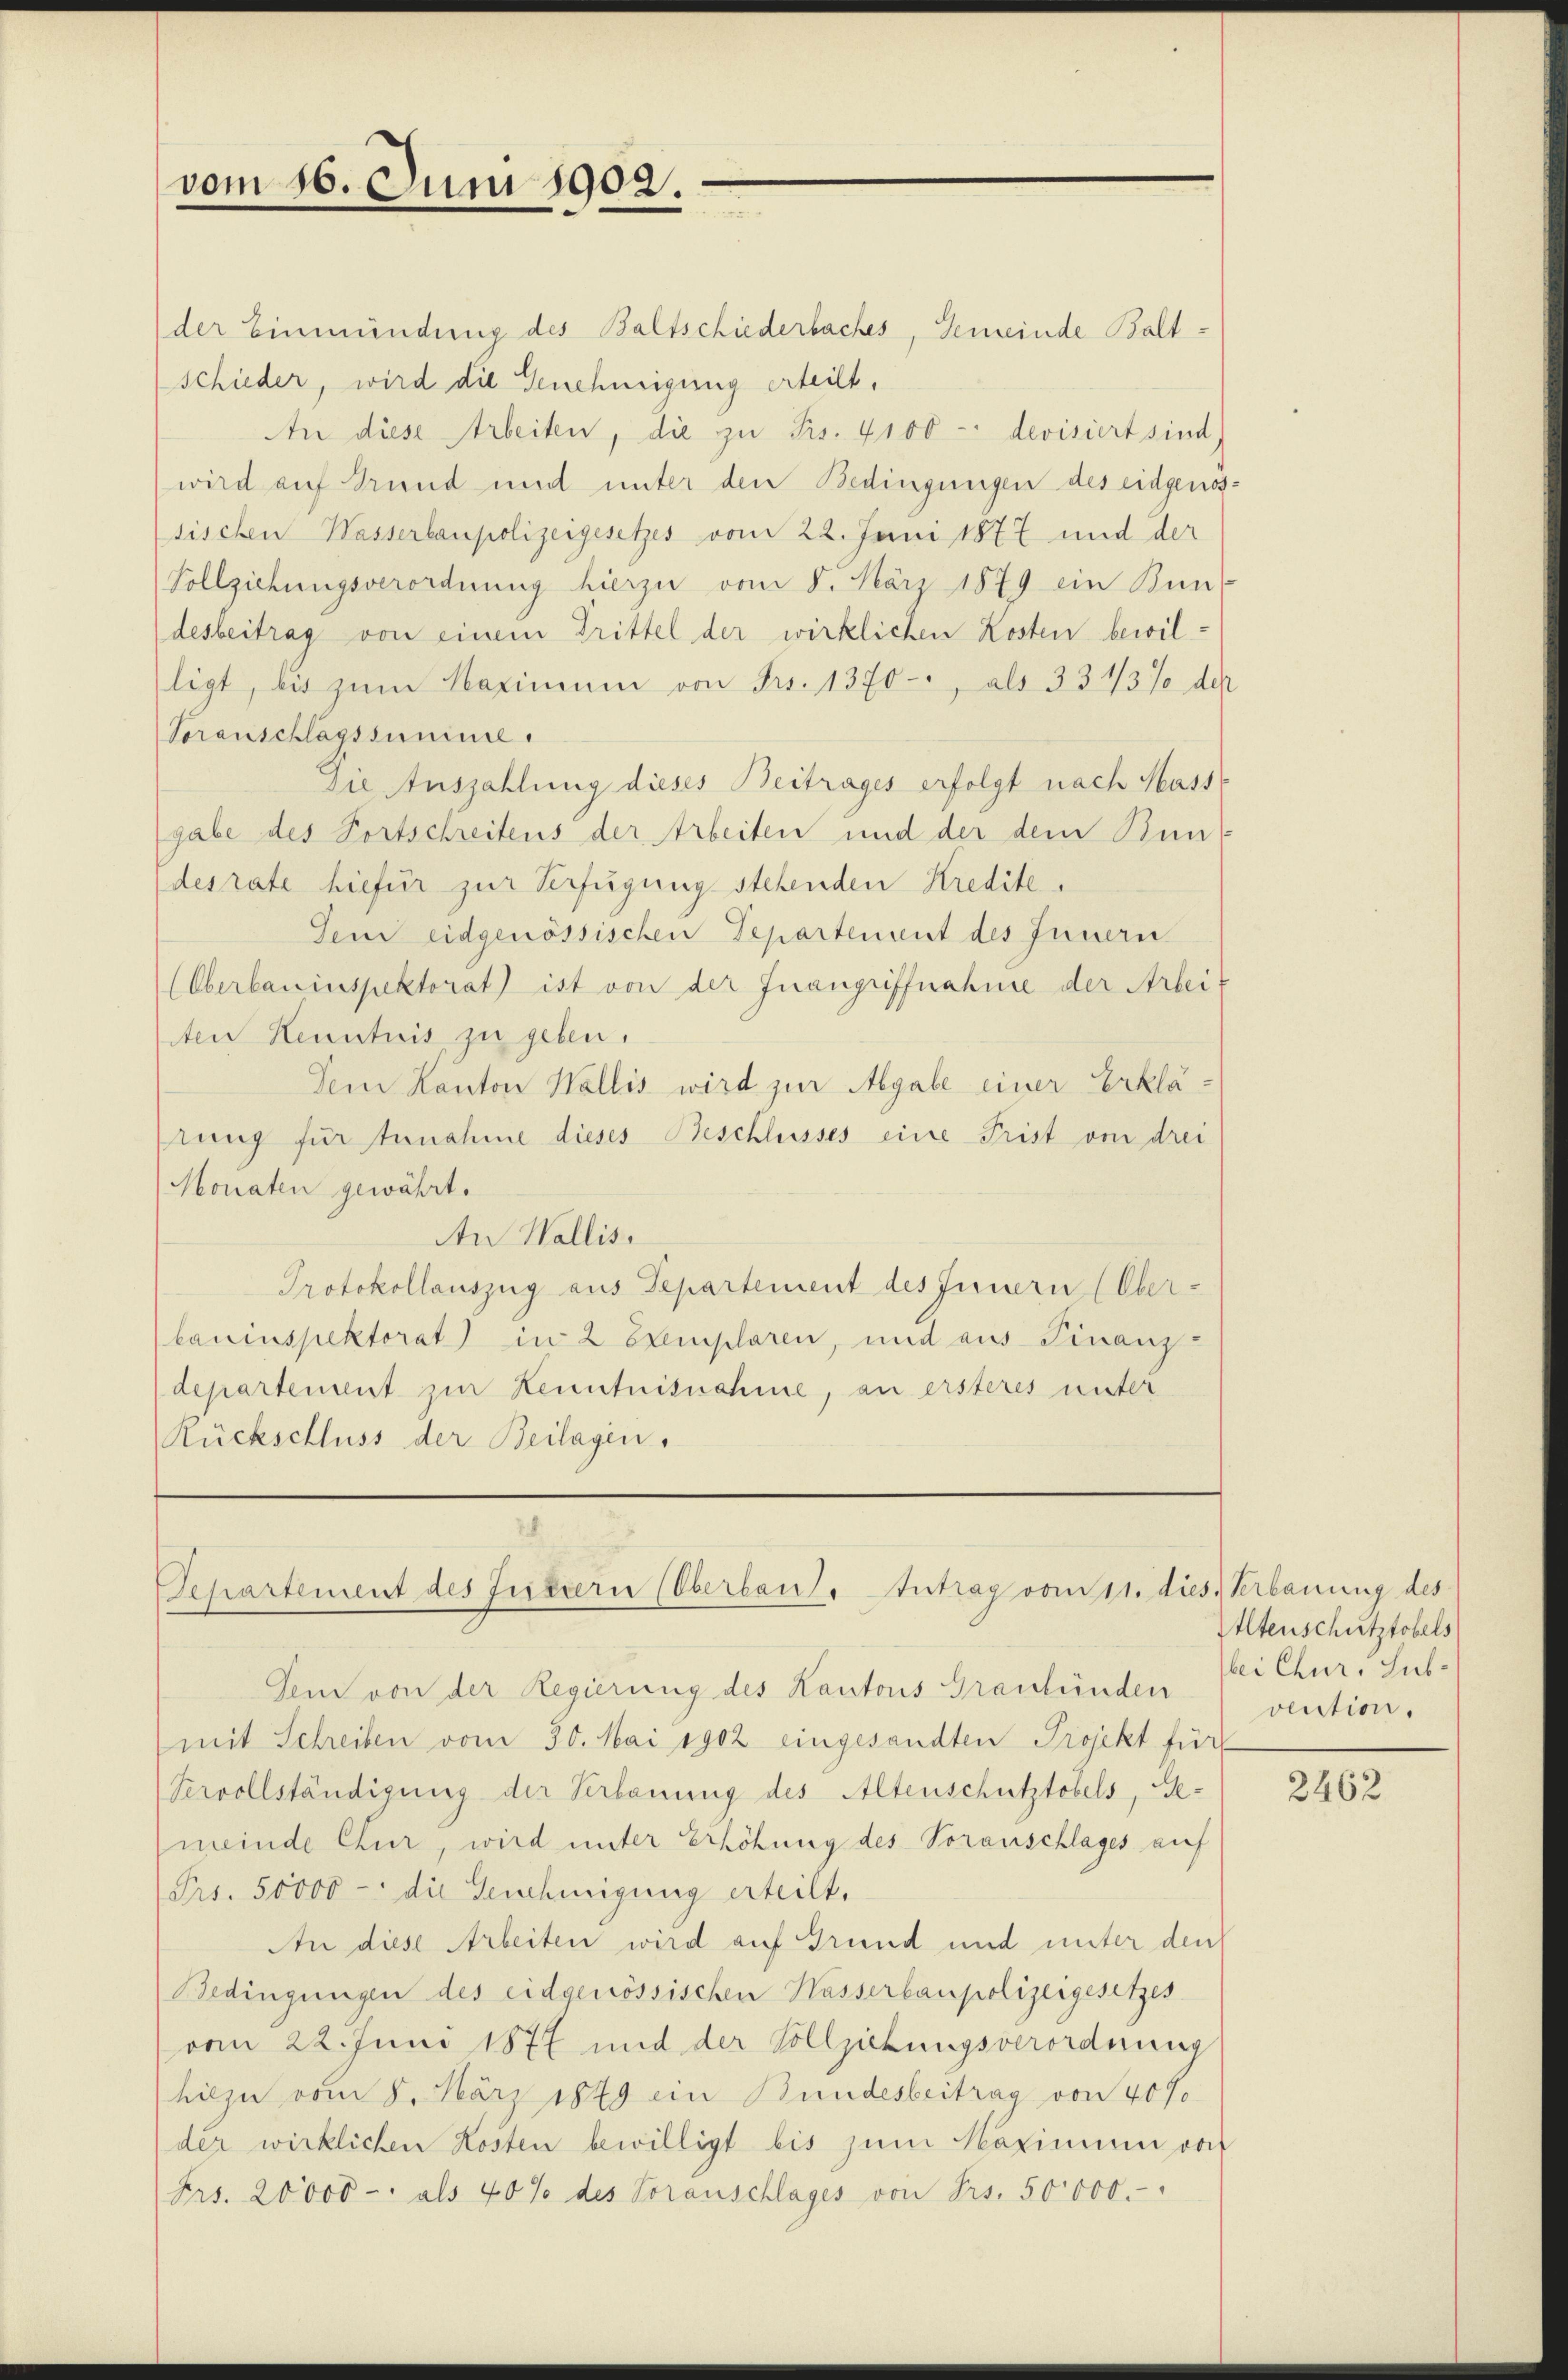
vom 16. Juni 1902.

der Einmündung des Baltschiederbaches, Gemeinde Baltschieder, wird die Genehmigung erteilt,
An diese Arbeiten, die zu Frs. 4100 - devisiert sind)
wird auf Grund und unter den Bedingungen des eidgenossischen Wasserbaupolizeigesetzes vom 22. Juni 1877 und der
Vollziehungsverordnung hierzu vom 8. März 1879 ein Bun-
desbeitrag von einem Drittel der wirklichen Kosten bewil-
ligt, bis zum Maximum von Frs. 1370- als 334/3% der
Voranschlägssumiere.
Die Auszahlung dieses Beitrages erfolgt nach Mass-
gabe des Fortschreitens der Arbeiten und der dem Bundesrate hiefür zur Verfügung stehenden Kredite.
Dem eidgenössischen Departement des Innern
(Oberbauinspektorat) ist von der Inangriffnahme der Arbeiten Kenntnis zu geben.
Dem Kanton Wallis wird zur Abgabe einer Erklärung für Zunahme dieses Beschlusses eine Frist von drei
Monaten gewährt.
An Wallis.
Protokollauszug aus Departement des Innern (Ober-
bauinspektorat in 2 Exemplaren, und aus Finanz-
departement zur Kenntnißnahme, an ersteres unter
Rückschluss der Beilagen.

Separtement des Futtern (Oberbaut. Antrag vom 11. dies Verbauung des

Dem von der Regierung des Kantons Graubünden
mit Schreiben vom 30. Mai 1902 eingesandten Projekt für
Servollständigung der Verbauung des Altenschutztobels, Gemeinde Chur, wird unter Erhöhung des Voranschlages auf
Frs. 50000 - die Genehmigung erteilt.
An diese Arbeiten wird auf Grund und unter den
Bedingungen des eidgenössischen Hasserbaupolizeigesetzes
vom 22. Juni 1877 und der Vollziehungsverordnung
hiezu vom 8. März 1849 ein Bundesbeitrag von 40%
der wirklichen Kosten bewilligt bis zum Neapinium von
Frs. 20000- als 40% des Voranschlages von Frs. 50000.-

Altenschutztobels
bei Chur, subvention.

2462